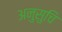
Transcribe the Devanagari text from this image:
अनुसुचि